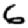
Digit: 6